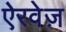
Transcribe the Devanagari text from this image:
ऐरवेज़